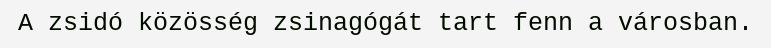
A zsidó közösség zsinagógát tart fenn a városban.